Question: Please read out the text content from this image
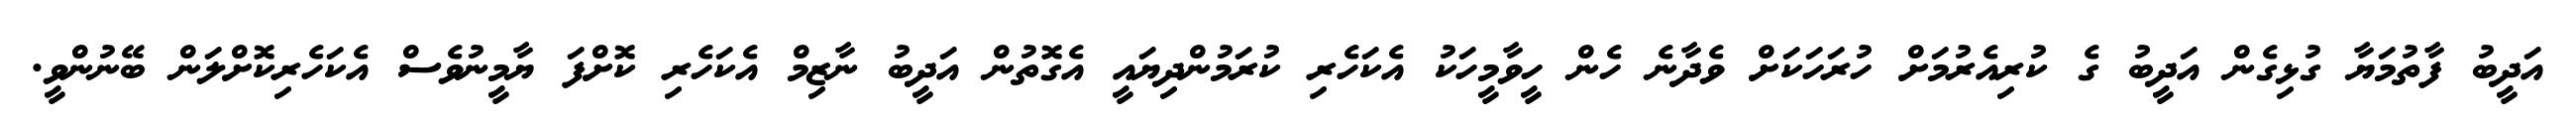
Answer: އަދީބު ފާތުމަޔާ ގުޅިގެން އަދީބު ގެ ކުރިއެރުމަށް ހުރަހަކަށް ވެދާނެ ހެން ހީވާމީހަކު އެކަހެރި ކުރަމުންދިޔައީ އެގޮތުން އަދީބު ނާޒިމް އެކަހެރި ކޮށްފަ ޔާމީނުވެސް އެކަހެރިކޮށްލަން ބޭނުންވީ.